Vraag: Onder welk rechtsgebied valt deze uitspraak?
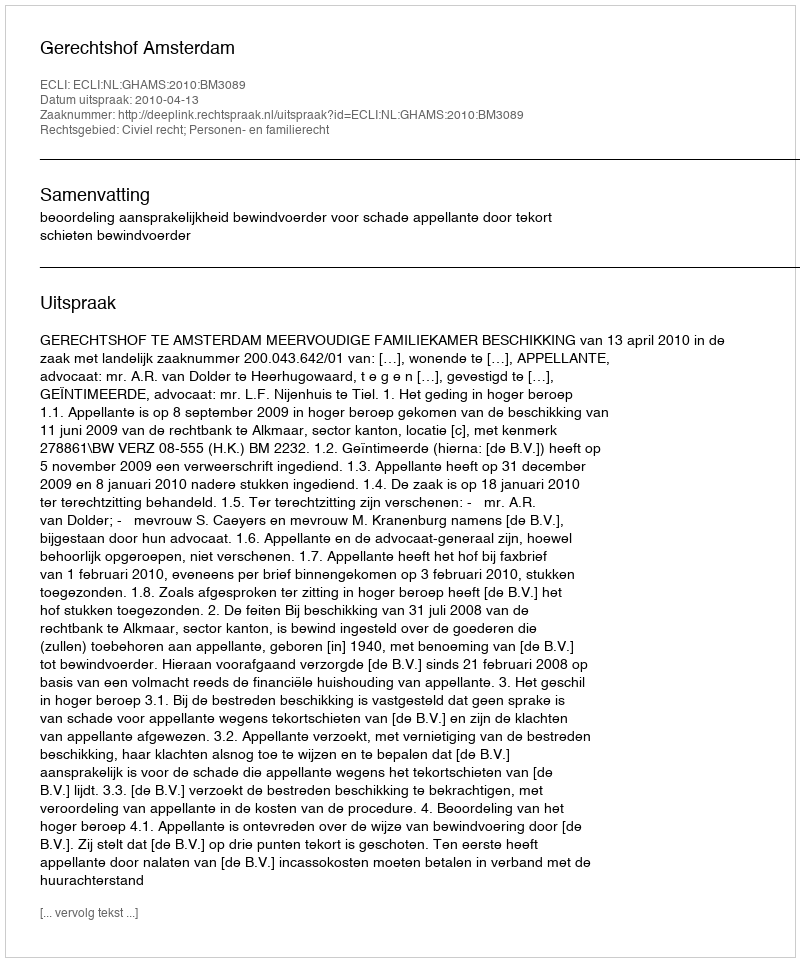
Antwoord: Civiel recht; Personen- en familierecht